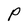
Character: P